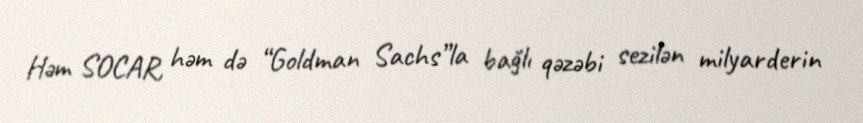
Həm SOCAR, həm də “Goldman Sachs”la bağlı qəzəbi sezilən milyarderin